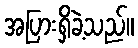
အပြားရှိခဲ့သည်။